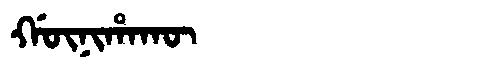
Manchu: ᡤᡡᠨᡳᡥᠠᡴᡡ
Romanization: GŪNIHAKŪ